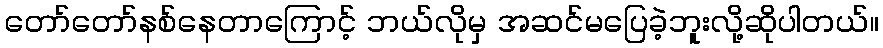
တော်တော်နစ်နေတာကြောင့် ဘယ်လိုမှ အဆင်မပြေခဲ့ဘူးလို့ဆိုပါတယ်။